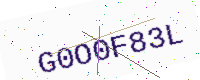
Text: G0O0F83L